38_143685_box_Incident_Summaries_101-172
Agency: Department of War
Page 29
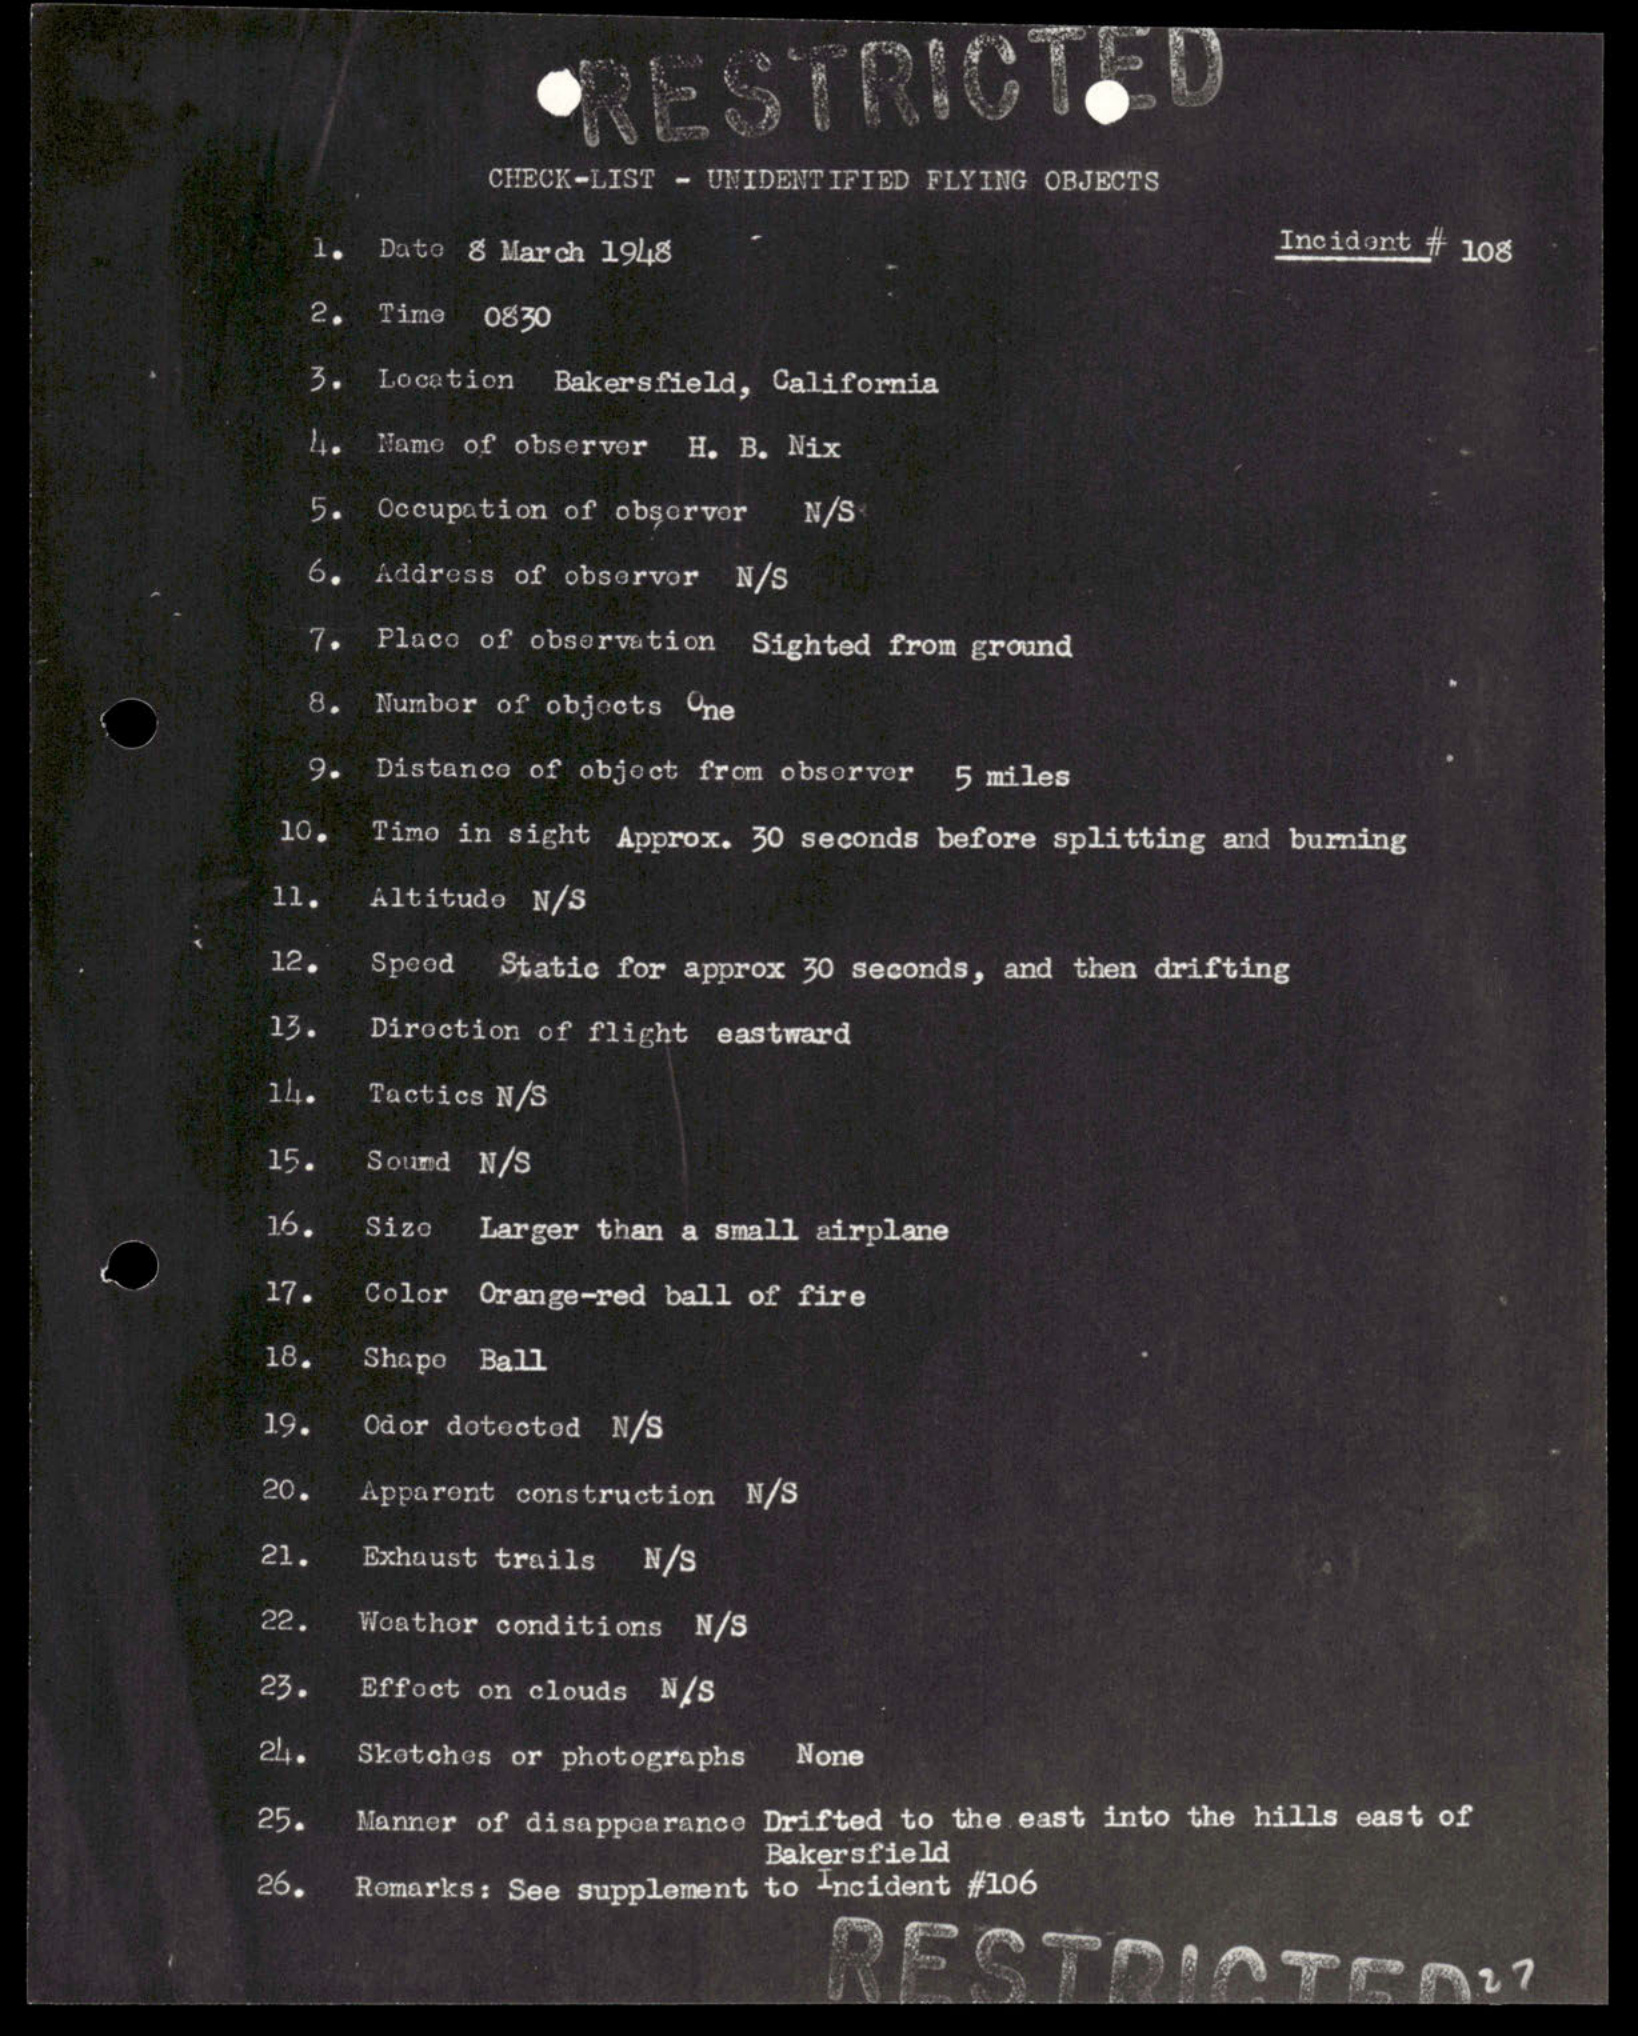